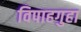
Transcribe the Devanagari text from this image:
विपाहगुहा